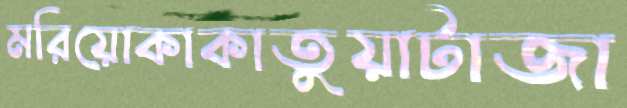
মরিয়োকাকাতুয়াটাজা